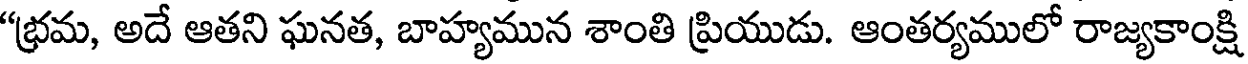
"భ్రమ, అదే ఆతని ఘనత, బాహ్యమున శాంతి ప్రియుడు. ఆంతర్యములో రాజ్యకాంక్షి